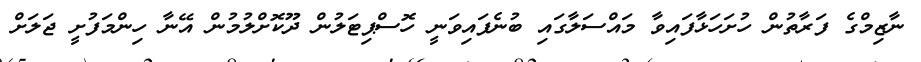
ނާޒިމްގެ ފަރާތުން ހުށަހަޅާފައިވާ މައްސަލާގައި ބުނެފައިވަނީ ހޮސްޕިޓަލުން ދޫކޮށްލުމުން އޭނާ ހިންމަފުށީ ޖަލަށް